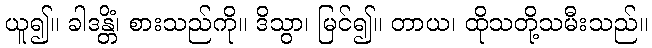
ယူ၍။ ခါဒန္တိံ၊ စားသည်ကို။ ဒိသွာ၊ မြင်၍။ တာယ၊ ထိုသတို့သမီးသည်။